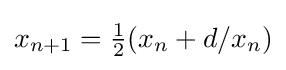
x_{n+1}={\tfrac {1}{2}}(x_{n}+d/x_{n})